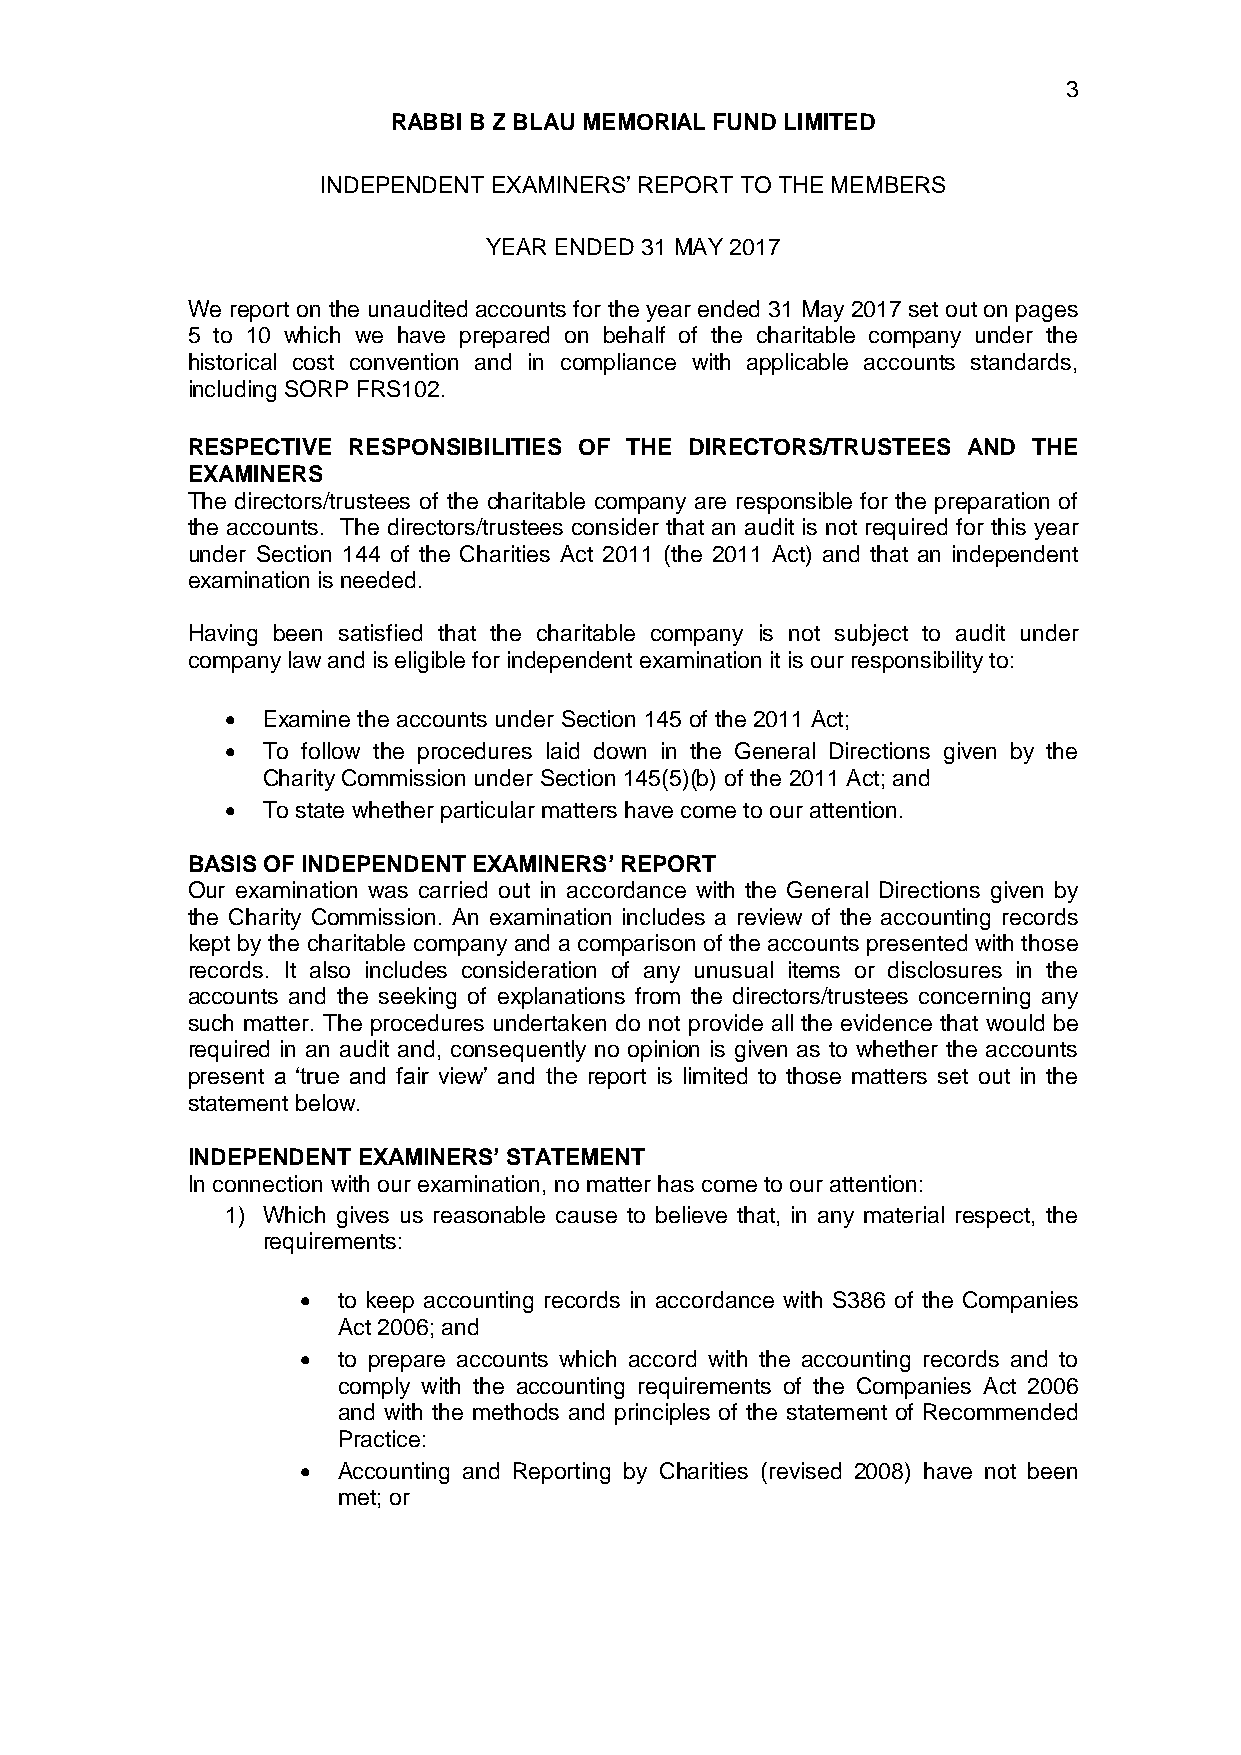
3
 RABBI B Z BLAU MEMORIAL FUND LIMITED
 INDEPENDENT EXAMINERS’ REPORT TO THE MEMBERS
 YEAR ENDED 31 MAY 2017
 We report on the unaudited accounts for the year ended 31 May 2017 set out on pages
 5 to 10 which we have prepared on behalf of the charitable company under the
 historical cost convention and in compliance with applicable accounts standards,
 including SORP FRS102.
 RESPECTIVE RESPONSIBILITIES OF THE DIRECTORS/TRUSTEES AND THE
 EXAMINERS
 The directors/trustees of the charitable company are responsible for the preparation of
 the accounts. The directors/trustees consider that an audit is not required for this year
 under Section 144 of the Charities Act 2011 (the 2011 Act) and that an independent
 examination is needed.
 Having been satisfied that the charitable company is not subject to audit under
 company law and is eligible for independent examination it is our responsibility to:
  Examine the accounts under Section 145 of the 2011 Act;
  To follow the procedures laid down in the General Directions given by the
 Charity Commission under Section 145(5)(b) of the 2011 Act; and
  To state whether particular matters have come to our attention.
 BASIS OF INDEPENDENT EXAMINERS’ REPORT
 Our examination was carried out in accordance with the General Directions given by
 the Charity Commission. An examination includes a review of the accounting records
 kept by the charitable company and a comparison of the accounts presented with those
 records. It also includes consideration of any unusual items or disclosures in the
 accounts and the seeking of explanations from the directors/trustees concerning any
 such matter. The procedures undertaken do not provide all the evidence that would be
 required in an audit and, consequently no opinion is given as to whether the accounts
 present a ‘true and fair view’ and the report is limited to those matters set out in the
 statement below.
 INDEPENDENT EXAMINERS’ STATEMENT
 In connection with our examination, no matter has come to our attention:
 1) Which gives us reasonable cause to believe that, in any material respect, the
 requirements:
  to keep accounting records in accordance with S386 of the Companies
 Act 2006; and
  to prepare accounts which accord with the accounting records and to
 comply with the accounting requirements of the Companies Act 2006
 and with the methods and principles of the statement of Recommended
 Practice:
  Accounting and Reporting by Charities (revised 2008) have not been
 met; or